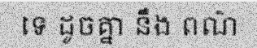
ទេ ដូចគ្នា នឹង ពណ៌